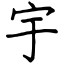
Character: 宇